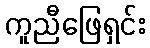
ကူညီဖြေရှင်း